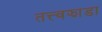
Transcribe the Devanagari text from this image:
तत्त्वझाडा